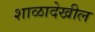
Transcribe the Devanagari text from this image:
शाळादेखील